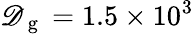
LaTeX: \mathscr{D}_{\mathrm{{~g~}}}=1.5\times10^{3}